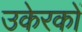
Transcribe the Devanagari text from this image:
उकेरकों